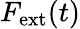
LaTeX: F_{\mathrm{ext}}(t)